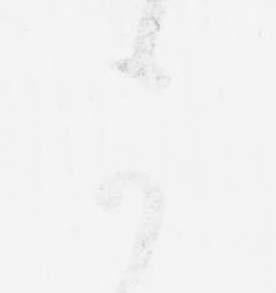
可